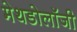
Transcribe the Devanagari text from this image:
मेथडोलॉजी